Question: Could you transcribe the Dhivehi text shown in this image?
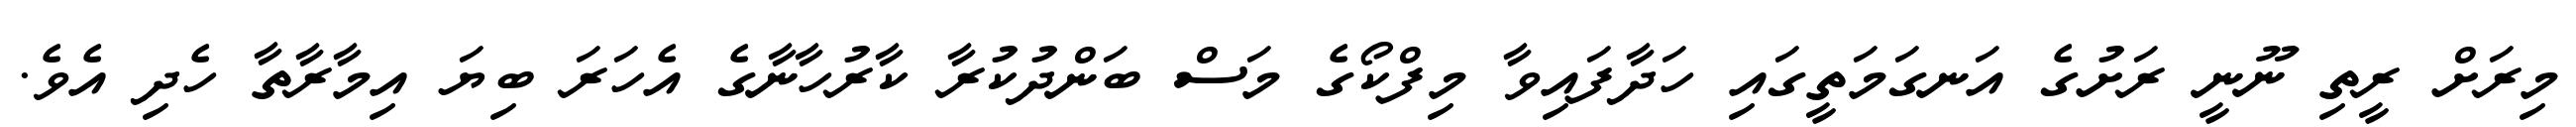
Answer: މިރަށް ރީތި ނޫނީ ރަށުގެ އަނގަމަތީގައި ހަދާފައިވާ މިފްކޯގެ މަސް ބަންދުކުރާ ކާރުހާނާގެ އެހަރަ ބިޔަ އިމާރާތާ ހެދި އެވެ.